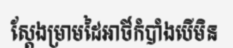
ស្តែងម្រាមដៃអាថ៍កំបាំងបើមិន